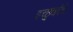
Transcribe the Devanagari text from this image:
इच्छुकांचे